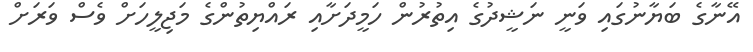
އޭނާގެ ބަޔާނުގައި ވަނީ ނަޝީދުގެ އިތުރުން ހަމީދަށާއި ރައްޔިތުންގެ މަޖިލީހަށް ވެސް ވަރަށް